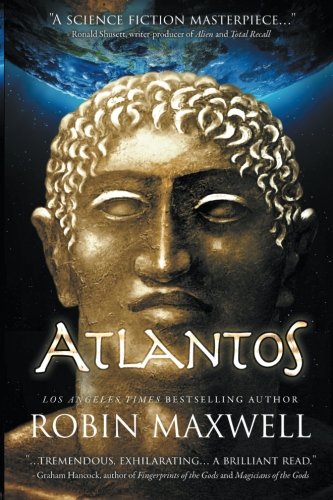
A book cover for Atlantos (The Early Erthe Chronicles ) (Volume 1); Robin Maxwell; Science Fiction & Fantasy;